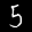
Digit: 5